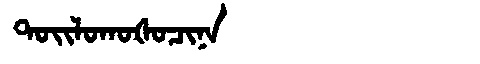
Manchu: ᡨᠣᡳᠯᠣᡴᠣᡧᠣᠴᡳᠨᠠ
Romanization: TOILOKOŠOCINA